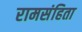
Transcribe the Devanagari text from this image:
रामसंहिता